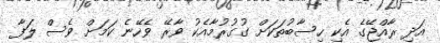
އަދި ރާއްޖޭގެ އެކި ހިސާބުތަކަށް ގުގުރުމާއެކު ވާރޭ ވެހޭނެ ކަމަށް ވެސް ލަފާ